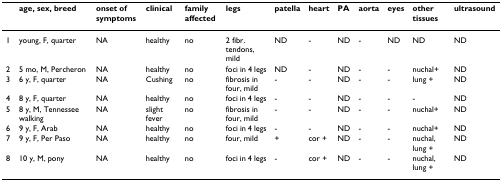
<table><thead><tr><td></td><td><b>age, sex, breed</b></td><td><b>onset of symptoms</b></td><td><b>clinical</b></td><td><b>family affected</b></td><td><b>legs</b></td><td><b>patella</b></td><td><b>heart</b></td><td><b>PA</b></td><td><b>aorta</b></td><td><b>eyes</b></td><td><b>other tissues</b></td><td><b>ultrasound</b></td></tr></thead><tbody><tr><td>1</td><td>young, F, quarter</td><td>NA</td><td>healthy</td><td>no</td><td>2 fibr. tendons, mild</td><td>ND</td><td>-</td><td>ND</td><td>-</td><td>ND</td><td>ND</td><td>ND</td></tr><tr><td>2</td><td>5 mo, M, Percheron</td><td>NA</td><td>healthy</td><td>no</td><td>foci in 4 legs</td><td>ND</td><td>-</td><td>ND</td><td>-</td><td>-</td><td>nuchal+</td><td>ND</td></tr><tr><td>3</td><td>6 y, F, quarter</td><td>NA</td><td>Cushing</td><td>no</td><td>fibrosis in four, mild</td><td>-</td><td>-</td><td>ND</td><td>-</td><td>-</td><td>lung +</td><td>ND</td></tr><tr><td>4</td><td>8 y, F, quarter</td><td>NA</td><td>healthy</td><td>no</td><td>foci in 4 legs</td><td>-</td><td>-</td><td>ND</td><td>-</td><td>-</td><td>-</td><td>ND</td></tr><tr><td>5</td><td>8 y, M, Tennessee walking</td><td>NA</td><td>slight fever</td><td>no</td><td>fibrosis in four, mild</td><td>-</td><td>-</td><td>ND</td><td>-</td><td>-</td><td>nuchal+</td><td>ND</td></tr><tr><td>6</td><td>9 y, F, Arab</td><td>NA</td><td>healthy</td><td>no</td><td>foci in 4 legs</td><td>-</td><td>-</td><td>ND</td><td>-</td><td>-</td><td>nuchal+</td><td>ND</td></tr><tr><td>7</td><td>9 y, F, Per Paso</td><td>NA</td><td>healthy</td><td>no</td><td>four, mild</td><td>+</td><td>cor +</td><td>ND</td><td>-</td><td>-</td><td>nuchal, lung +</td><td>ND</td></tr><tr><td>8</td><td>10 y, M, pony</td><td>NA</td><td>healthy</td><td>no</td><td>foci in 4 legs</td><td>-</td><td>cor +</td><td>ND</td><td>-</td><td>-</td><td>nuchal, lung +</td><td>ND</td></tr></tbody></table>